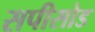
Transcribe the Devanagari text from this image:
सपीसोड